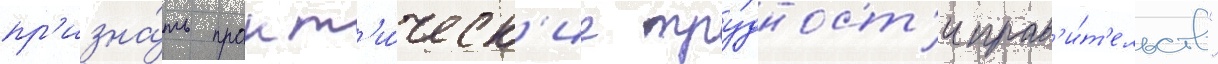
пр'изна́ть практ'и́ческ'ие тру́дност'и прав'и́т'ельств"